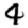
Digit: 4